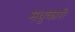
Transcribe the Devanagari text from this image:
मधुकारी